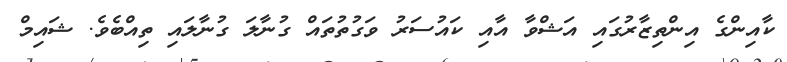
ކާއިންގެ އިންތިޒާރުގައި އަޝްވާ އާއި ކައުސަރު ވަގުތުތައް ގުނާލަ ގުނާލައި ތިއްބެވެ. ޝައިމް